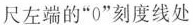
尺左端的”0”刻度线处